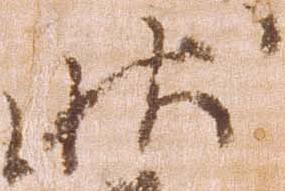
状